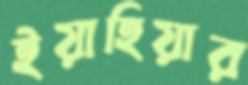
ইয়াহিয়ার